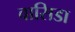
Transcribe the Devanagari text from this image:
वासिडा